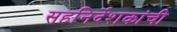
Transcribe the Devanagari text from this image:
सहनिर्देशकांची